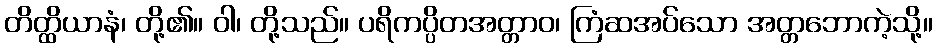
တိတ္ထိယာနံ၊ တို့၏။ ဝါ၊ တို့သည်။ ပရိကပ္ပိတအတ္တာဝ၊ ကြံဆအပ်သော အတ္တဘောကဲ့သို့။